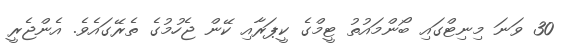
30 ވަނަ މިނިޓްގައި ބޯންމައުތު ޓީމްގެ ކީޕަރާއި ކޭން ޖެހުމުގެ ތެރޭގައެވެ. އެންޖެރީ